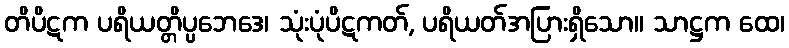
တိပိဋက ပရိယတ္တိပ္ပဘေဒေ၊ သုံးပုံပိဋကတ်, ပရိယတ်အပြားရှိသော။ သာဋ္ဌက ထေ၊